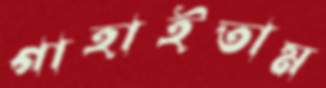
গাহাইতাম